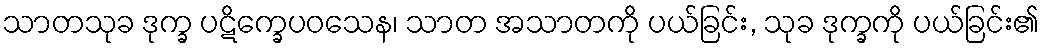
သာတသုခ ဒုက္ခ ပဋိက္ခေပဝသေန၊ သာတ အသာတကို ပယ်ခြင်း, သုခ ဒုက္ခကို ပယ်ခြင်း၏